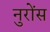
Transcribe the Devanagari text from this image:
नुरोंस